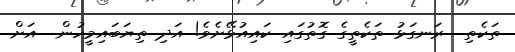
ތަކެތި  ރަނގަޅު ތަކެތީގެ ގޮތުގައި ކައިއުޅޭށެވެ! އަދި ތިޔަބައިމީހުން  އަށް